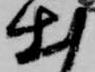
出